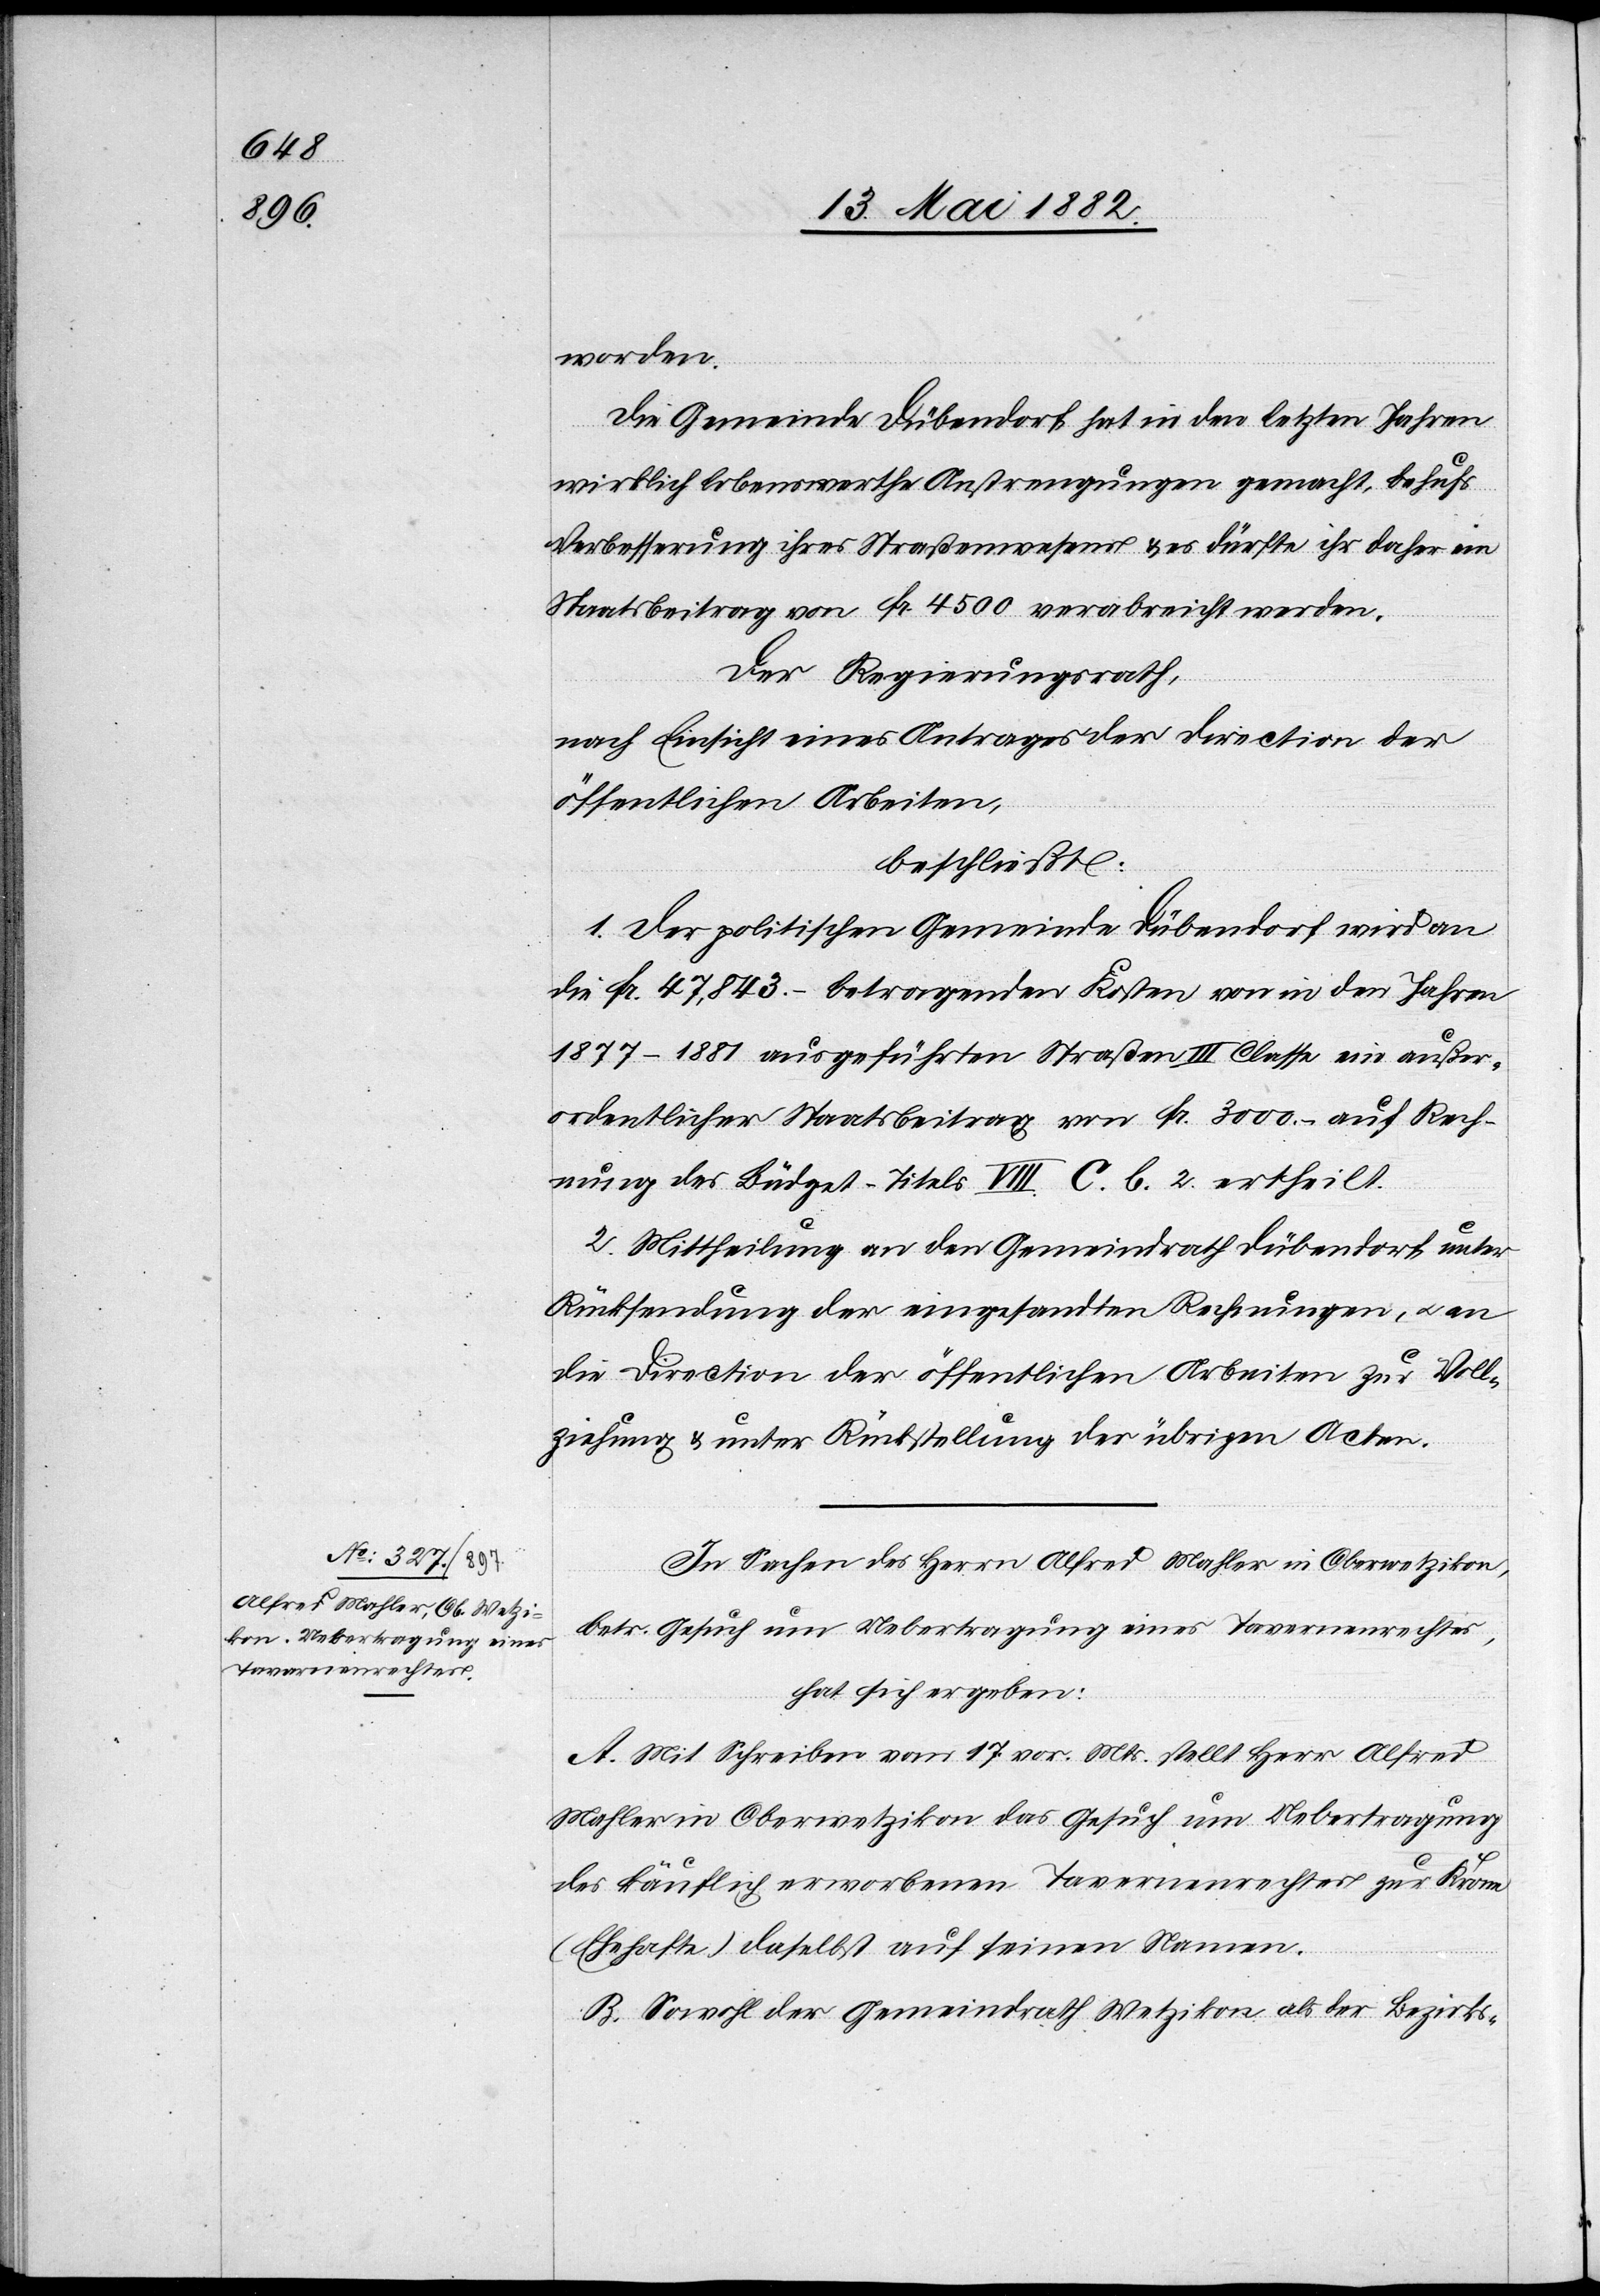
worden.
Die Gemeinde Dübendorf hat in den letzten Jahren
wirklich lobenswerthe Anstrengungen gemacht, behufs
Verbesserung des Straßenwesens & es dürfte ihr daher ein
Staatsbeitrag von Fr. 4500 verabreicht werden.
Der Regierungsrath,
nach Einsicht eines Antrages der Direction der
öffentlichen Arbeiten,
beschließt:
1. Der politischen Gemeinde Dübendorf wird an
die Fr. 47,843.– betragenden Kosten von in den Jahren
1877–1881 ausgeführten Straßen III. Classe ein außer¬
ordentlicher Staatsbeitrag von Fr. 3000.– auf Rech¬
nung des Büdget-Titels VIII. C. b. 2. ertheilt.
2. Mittheilung an den Gemeindrath Dübendorf unter
Rücksendung der eingesandten Rechnungen, u. an
die Direction der öffentlichen Arbeiten zur Voll¬
ziehung & unter Rückstellung der übrigen Akten.
In Sachen des Herrn Alfred Mahler in Oberwetzikon,
betr. Gesuch um Uebertragung eines Tavernenrechtes,
hat sich ergeben:
A. Mit Schreiben vom 17. vor. Mts. stellt Herr Alfred
Mahler in Oberwetzikon das Gesuch um Uebertragung
des käuflich erworbenen Tavernenrechtes zur Krone
(Ehehafte) daselbst auf seinen Namen.
B. Sowol der Gemeindrath Wetzikon als der Bezirks-